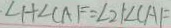
\angle 1 + \angle C A F = \angle 2 + \angle C A F